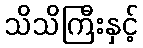
သိသိကြီးနှင့်